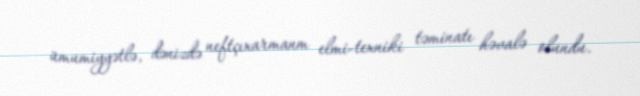
ümumiyyətlə, dənizdə neftçıxarmanm elmi-texniki təminatı həvalə olundu.